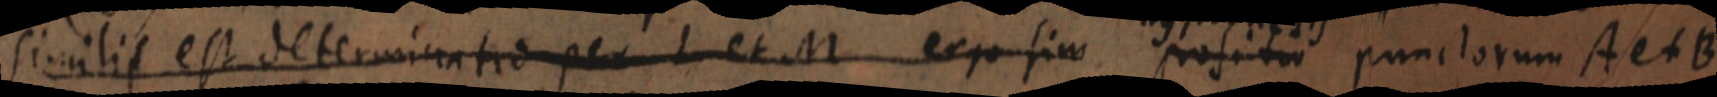
similis est determinatio per L et M ergo sim positio punctorum A et B